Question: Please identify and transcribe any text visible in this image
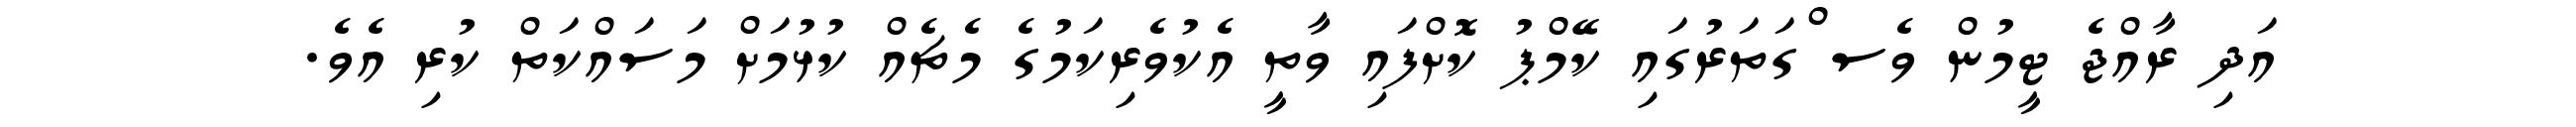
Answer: އަދި ރާއްޖެ ޓީމުން ވެސ ްގަތަރުގައި ކޭމްޕު ކޮށްފައި ވާތީ އެކުވެރިކަމުގެ މެޗެއް ކުޅުމަށް މަސައްކަތް ކުރި އެވެ.